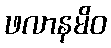
ဖလာနမိဝ